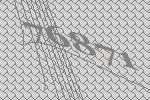
76871